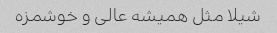
شیلا مثل همیشه عالی و خوشمزه